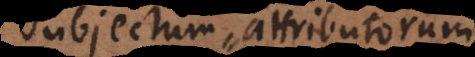
subjectum attributorum,